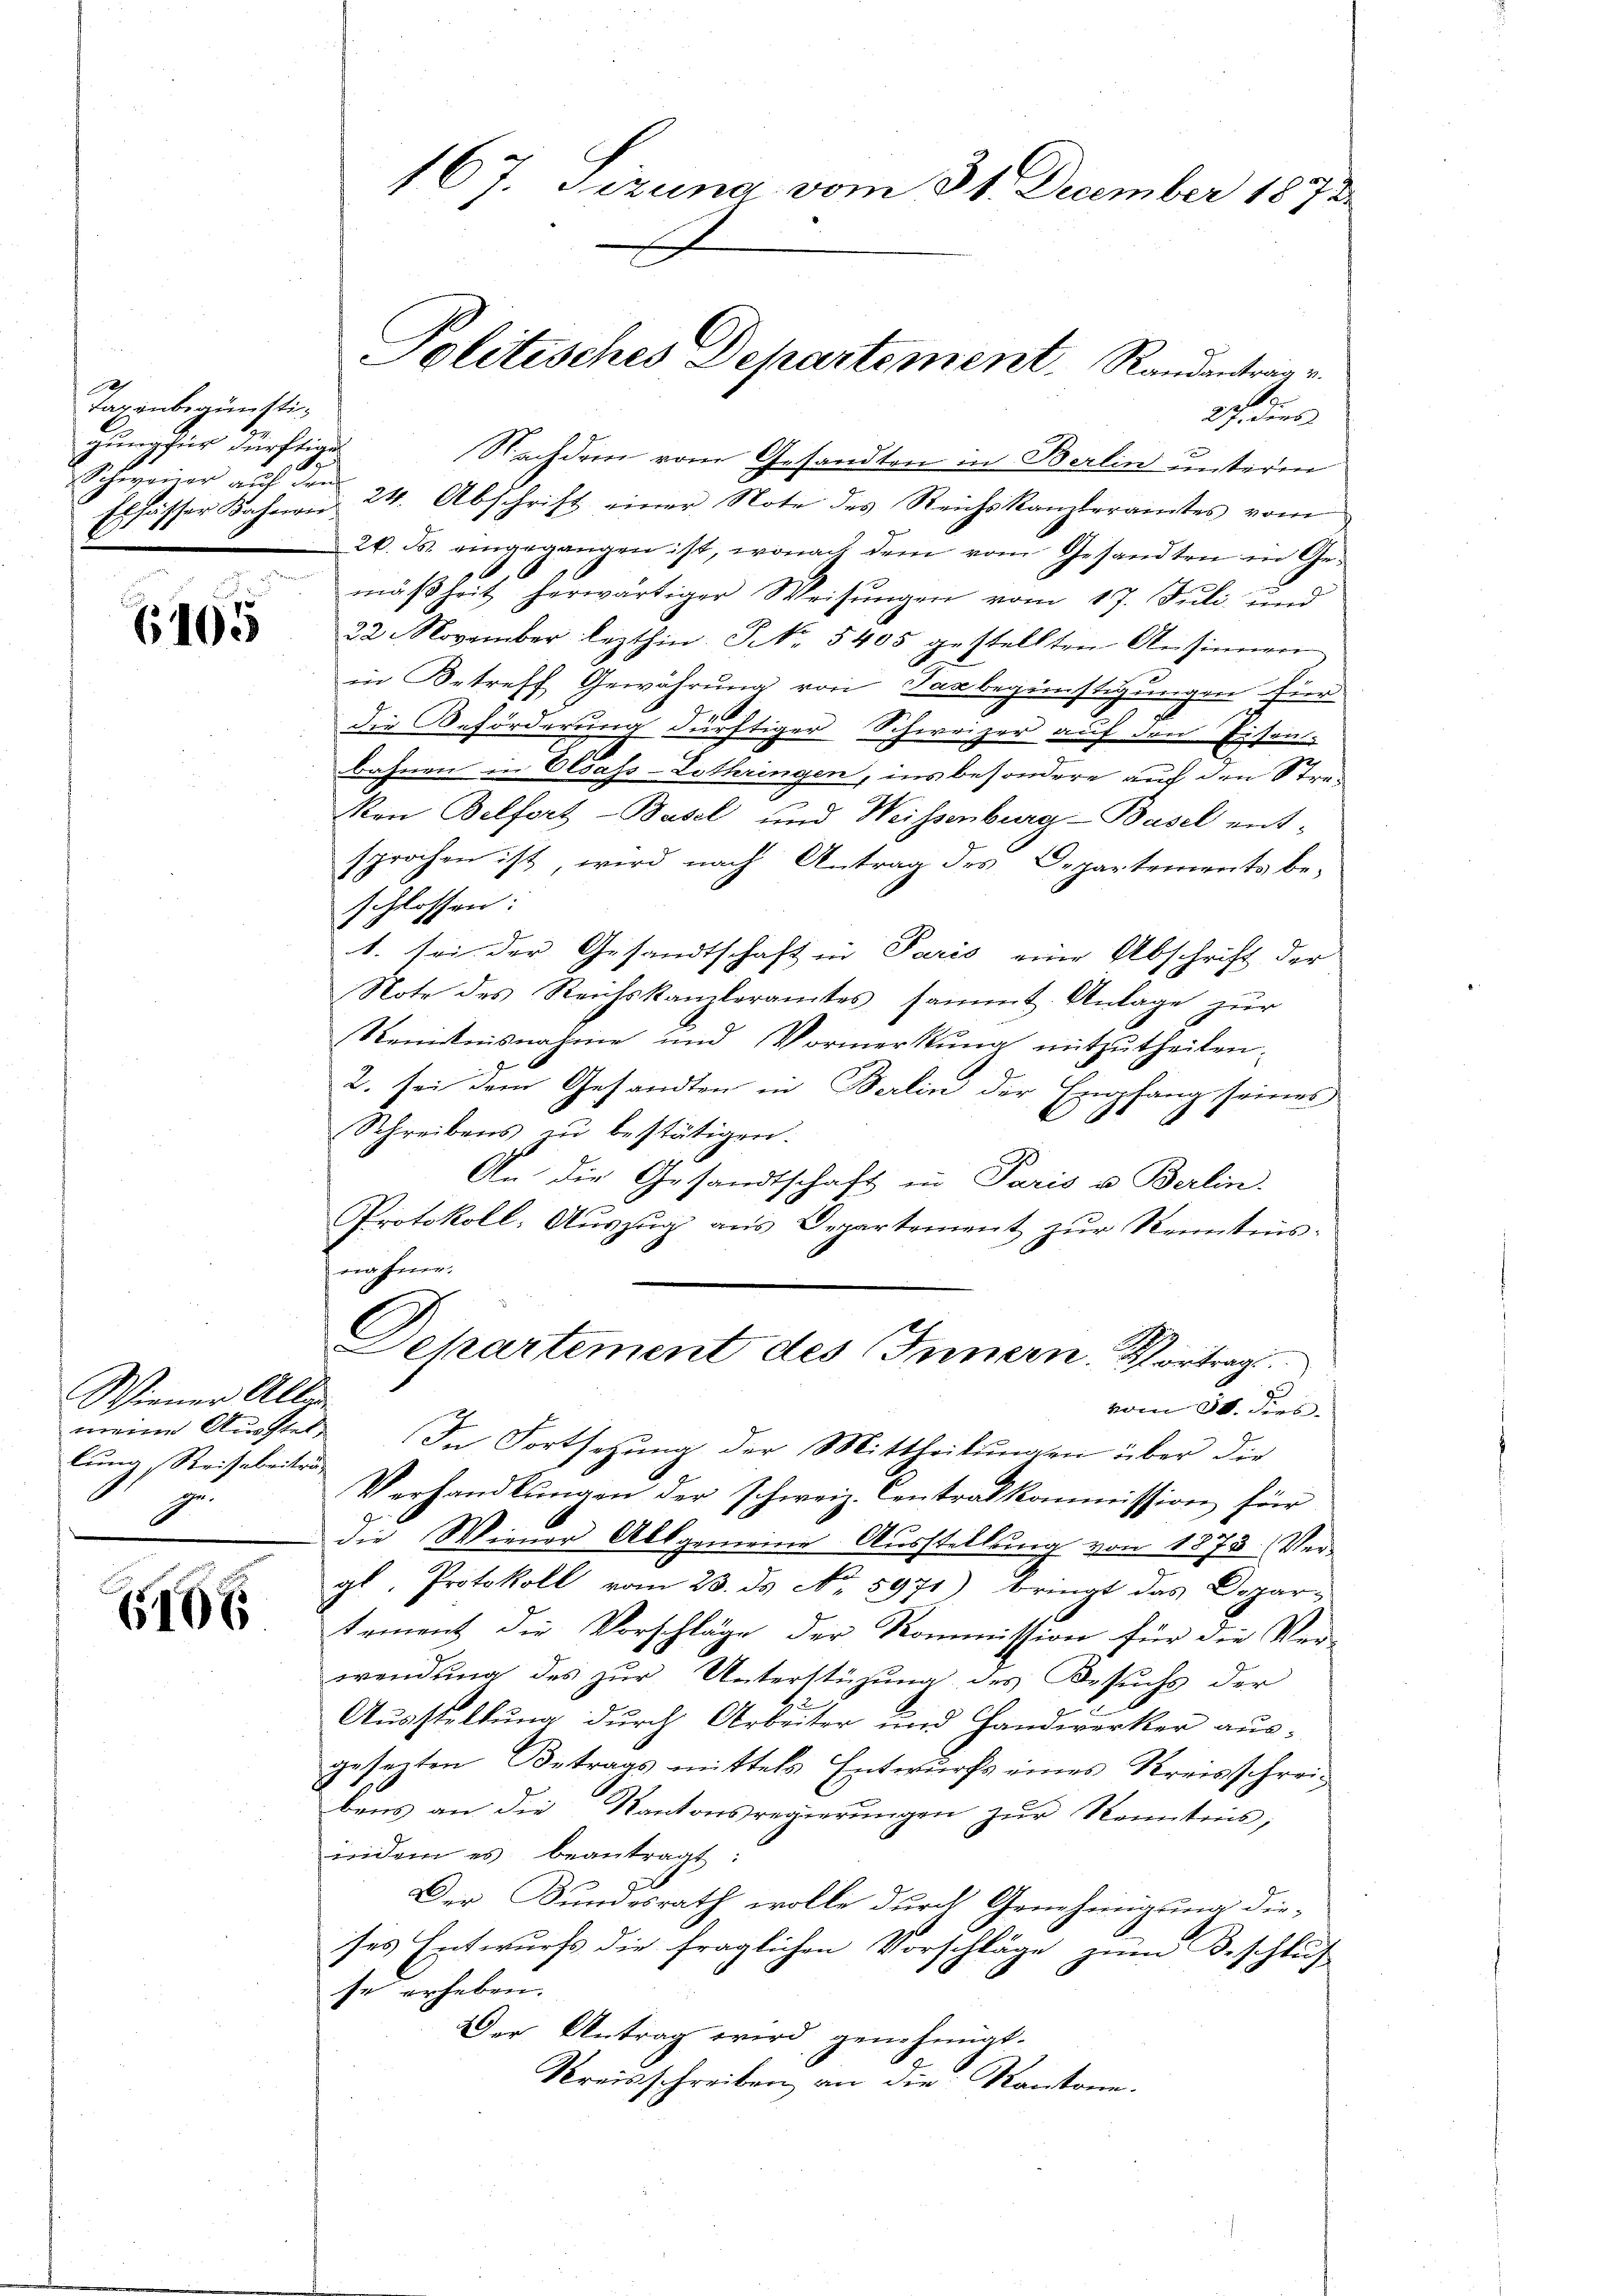
h
Taxenbegünstigung für dürftigen
Elsässer Bahnen
E.

6465

Wiener All
lung Reiserbeitung
ge.

6106

167. Sizung vom 31. December 1873.

27. dies
Nachdem vom Gesandten in Berlin unterm
Schweiner aŭf den 24. Abschrift einer Note des Reichskanzleramtes vom
26. ds. eingegangen ist, wonach dem vom Gesandten in Ge¬
1
mäßheit herwärtiger Weisŭngen vom 17. Juli und
22. November lezthin. S. 5405 gestellten Ansinnen
in Betreff Gewährung von Barbegünstigungen für
die Beförderung dürftiger Schweizer auf den Eisen-
bahnen in Elsass-Lothringen, ins besondere auf den Streon Belfort-Basel und Weissenburg-Basel ent-
sprochen ist, wird nach Antrag des Departements be-
schlossen:
1. sei der Gesandtschaft in Paris eine Abschrift der
Note des Reichskanzleramtes, sammt Anlage zur
Renntnisnahme und Vormerkung mitzutheilen.
2. sei dem Gesandten in Berlin der Empfang seines
Schreibens zu bestätigen.
An die Gesandtschaft in Paris u. Berlin.
Protokoll. Aŭszŭg ans Departement zŭr Kenntnis-
nähme.
Dekartement des Innern. Vortrag
vom 31. dies
meine Ausstel. In Fortsetzung der Mittheilungen über die
Verhandlŭngen der schweiz. Centralkommission für
die Wiener Allgemeine Ausstellung von 1875. Vergl. Protokoll vom 23. ds No 5971) bringt das Depar-
tement die Vorschläge der Kommission für die Ver-
wendung des zur Unterstüzung des Besuchs der
Ausstellung durch Arbeiter und Handwerker ausgesezten Betrags mittels Entwurfs eines Kreisschreibens an die Kantonsregierŭngen zŭr Kenntnis,
idem es beantragt:
Der Bundesrath wolle durch Genehmigung die-
ses Entwurfs die fraglichen Vorschläge zum Beschlus
se erheben.
Der Antrag wird genehmigt.
Kreisschreiben an die Kantone.

Politisches Departement. Randantrage.